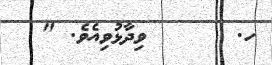
ހ.      ވިދާޅުވިއެވެ. "